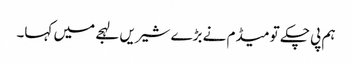
ہم پی چکے تو میڈم نے بڑے شیریں لہجے میں کہا۔